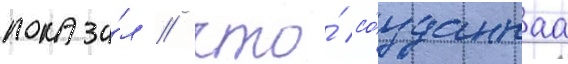
показа́л / что́ со́зданнаа